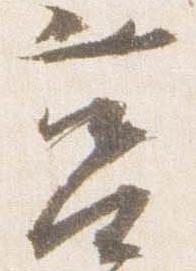
筥